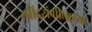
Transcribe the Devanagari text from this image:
रवींद्रसंगीताच्या